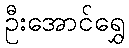
ဦးအောင်ရွှေ